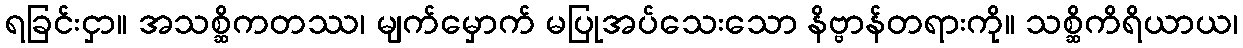
ရခြင်းငှာ။ အသစ္ဆိကတဿ၊ မျက်မှောက် မပြုအပ်သေးသော နိဗ္ဗာန်တရားကို။ သစ္ဆိကိရိယာယ၊